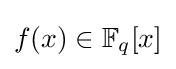
{\textstyle f(x)\in \mathbb {F} _{q}[x]}